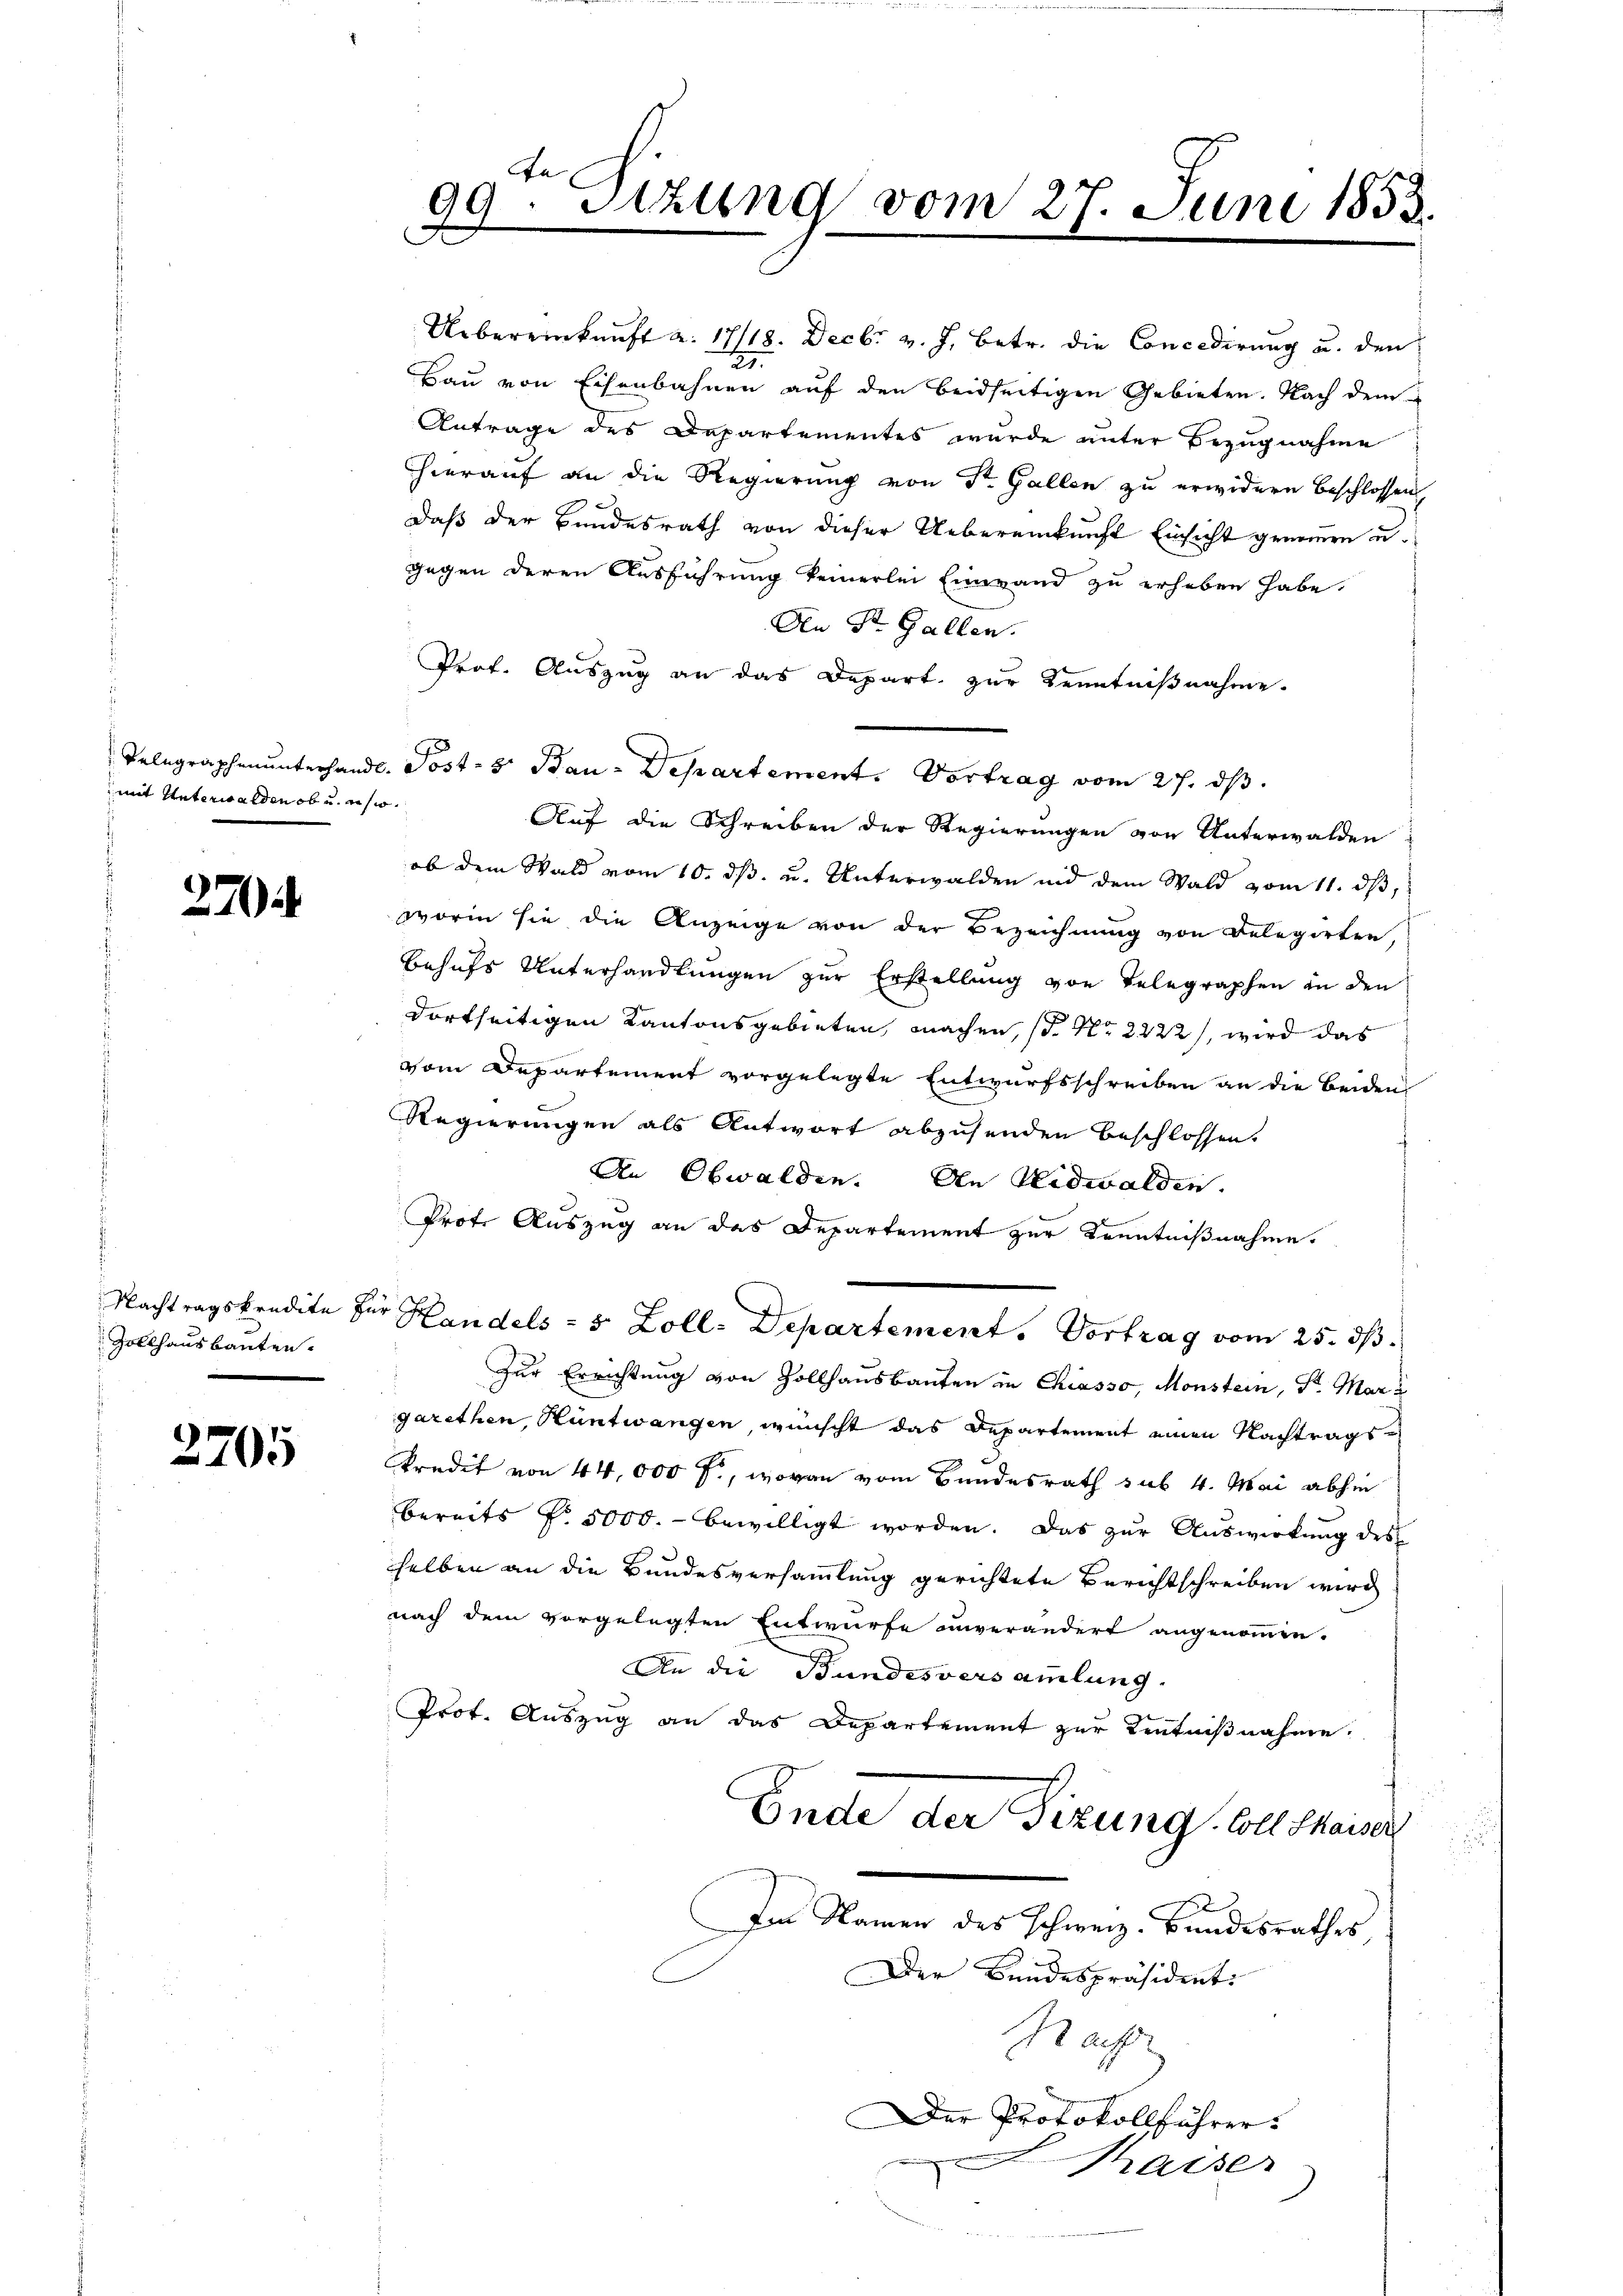
mit Unterwalden ob u. es wo¬

27

Zollhausbauten.

2705

Uebereinkunft a. 17/18. Decbr v. J. Betr. die Concedirung u. den
27.
Bau von Eisenbahnen auf den beidseitigen Gebieten. Nach dem
Antrage des Departementes wurde unter Bezugnahme
hierauf an die Regierung von Dr. Gallen zu erwidern beschlossen,
daß der Bundesrath von dieser Uebereinkunft Einsicht genommen u.
gegen deren Ausführung keinerlei Einwand zu erheben habe.
An St. Gallen.
Prof. Auszug an das Depart zur Kenntnißnahme.
Auf die Schreiben der Regierungen von Unterwalden
ob dem Wald vom 10. ds. u. Unterwalden und dem Wald vom 11. dβ,
worin sie die Anzeige von der Bezeichnung von Delegirten,
behufs Unterhandlungen zur Erstellung von Telegraphen in den
dortseitigen Kantonsgebieten, machen, s. No 2222), wird das
vom Departement vorgelegte Entwurfsschreiben an die beiden
Regierungen als Antwort abzusenden beschlossen.
An Obwalden. An Nidwalden.
Prof. Auszug an das Departement zur Kenntnißnahme.
Nachtragskredite der Handels - 5 Zoll. Departement. Vortrag vom 25. ds.
Zur Errichtung von Zollhausbauten in Chiasso, Monstein, Sr. Mari
garethen, Hüntwangen, wünscht das Departement einen Nachtragskredit von 44,000 f., wovon vom Bundesrath sub 4. Mai abhin
bereits f. 5000.- bewilligt worden. Das zŭr Aŭswirkŭng des
selben an die Bundesversammlung gerichtete Berichtschreiben wird
nach dem vorgelegten Entwurfe unverändert angenommen.
An die Bundesversammlung.
Prof. Auszug an das Departement zur Kenntnißnahme.
Ende der Fizung soll kaiser
Im Namen des Schweiz. Bundesrathes
Der Bundespräsidenti
Haf
Der Protokollführer
Kaiser

99. Sizung vom 27. Juni 1853.

Telegraphenunterhandl. Post- & Bau-Departement. Vortrag vom 27. ds.